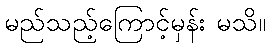
မည်သည့်ကြောင့်မှန်း မသိ။